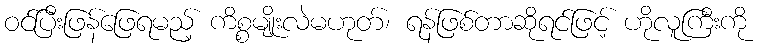
ဝင်ပြီးဖြန်ဖြေရမည့် ကိစ္စမျိုးလဲမဟုတ်၊ ရန်ဖြစ်တာဆိုရင်ဖြင့် ဟိုလူကြီးကို